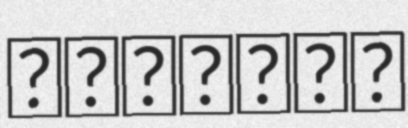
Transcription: الرياضي